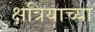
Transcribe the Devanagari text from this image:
क्षत्रियाच्या